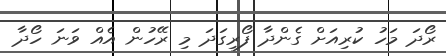
ރޯދަ މަހު ކުރިއަށް ގެންދާ ފޯރިގަދަ މި ރޭހުން އެއް ވަނަ ހޯދާ